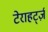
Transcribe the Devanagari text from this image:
टेराहर्ट्ज़